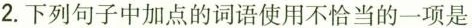
2.下列句子中加点的词语使用不恰当的一项是